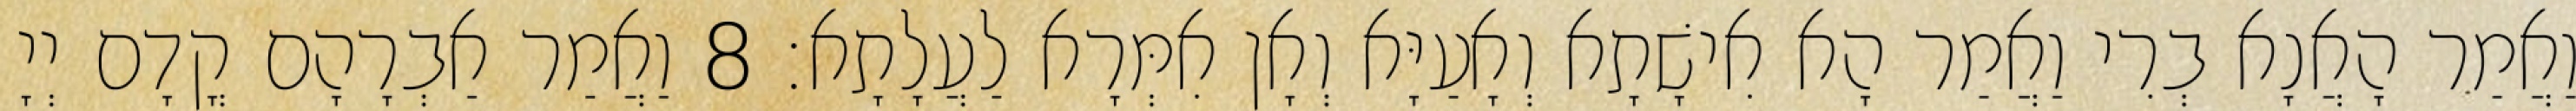
וַאֲמַר הָאֲנָא בְרִי וַאֲמַר הָא אִישָׁתָא וְאָעַיָּא וְאָן אִמְּרָא לַעֲלָתָא׃ 8 וַאֲמַר אַבְרָהָם קֳדָם יְיָ